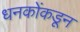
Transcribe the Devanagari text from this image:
धनकोंकडून